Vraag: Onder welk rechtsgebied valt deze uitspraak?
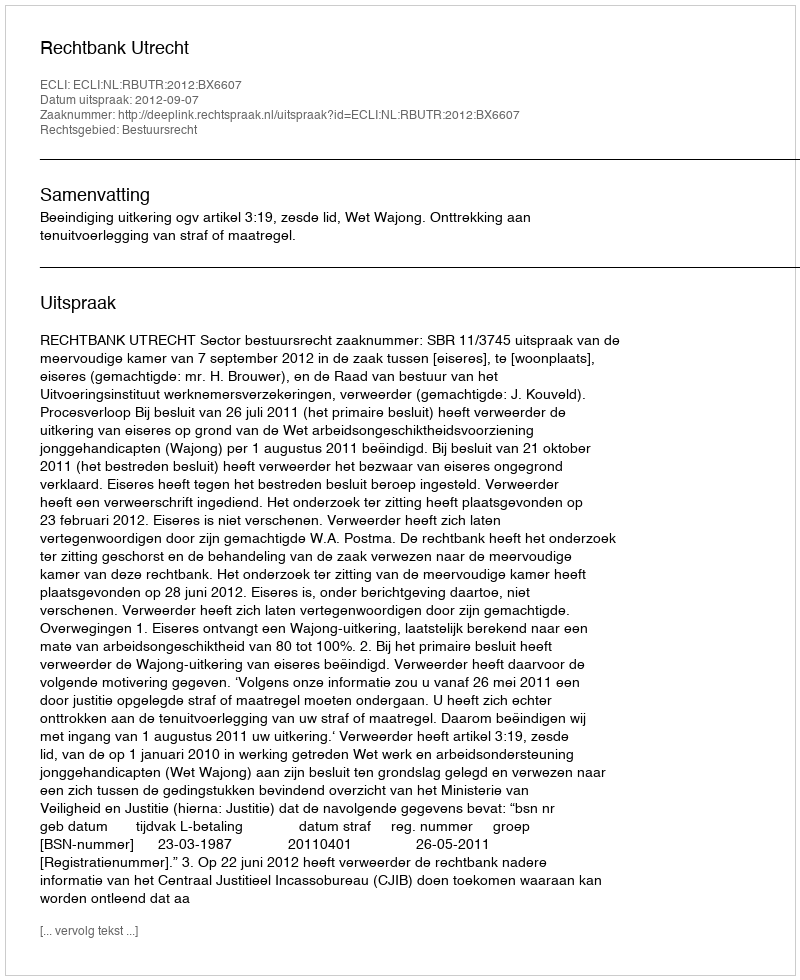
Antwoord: Bestuursrecht